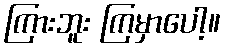
ကြားဘူး ကြမှာပေါ့။